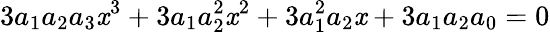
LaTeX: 3a_{1}a_{2}a_{3}\mathit{x}^{3}+3a_{1}a_{2}^{2}\mathit{x}^{2}+3a_{1}^{2}a_{2}\mathit{x}+3a_{1}a_{2}a_{0}=0